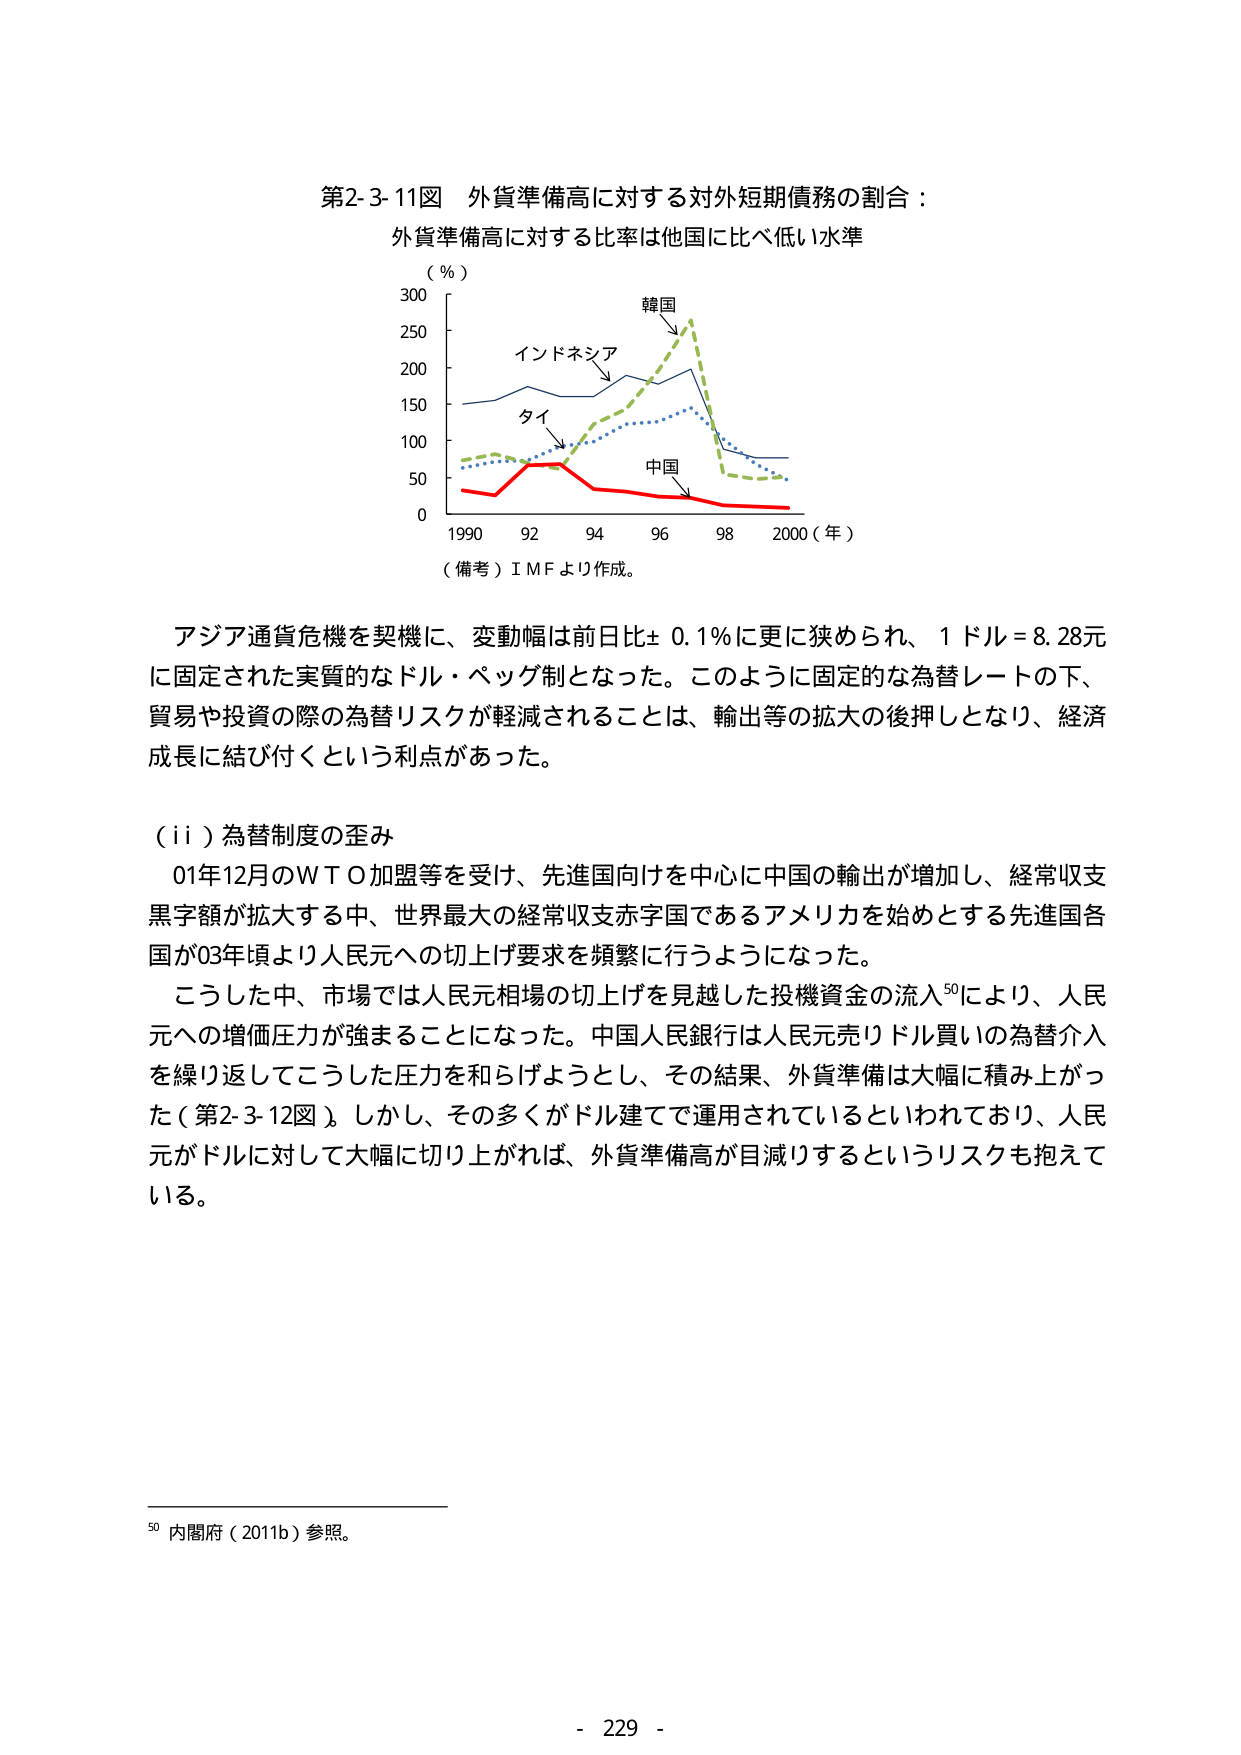
第2-3-11図 外貨準備高に対する対外短期債務の割合：
外貨準備高に対する比率は他国に比べ低い水準

（％）
300
250
200
150
100
50
0
1990 92 94 96 98 2000（年）

韓国
インドネシア
タイ
中国

（備考）ＩＭＦより作成。

アジア通貨危機を契機に、変動幅は前日比±0.1％に更に狭められ、1ドル＝8.28元
に固定された実質的なドル・ペッグ制となった。このように固定的な為替レートの下、
貿易や投資の際の為替リスクが軽減されることは、輸出等の拡大の後押しとなり、経済
成長に結びつくという利点があった。

（ⅱ）為替制度の歪み
01年12月のＷＴＯ加盟等を受け、先進国向けを中心に中国の輸出が増加し、経常収支
黒字額が拡大する中、世界最大の経常収支赤字国であるアメリカを始めとする先進国各
国が03年頃より人民元への切上げ要求を頻繁に行うようになった。
こうした中、市場では人民元相場の切上げを見越した投機資金の流入⁵⁰により、人民
元への増価圧力が強まることになった。中国人民銀行は人民元売りドル買いの為替介入
を繰り返してこうした圧力を和らげようとし、その結果、外貨準備は大幅に積み上がっ
た（第2-3-12図）。しかし、その多くがドル建てで運用されているといわれており、人民
元がドルに対して大幅に切り上がれば、外貨準備高が目減りするというリスクも抱えて
いる。

⁵⁰ 内閣府（2011b）参照。

- 229 -